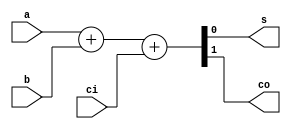
module adder(
input wire a,
input wire b,
input wire ci,
output reg s,
output reg co
);
	
	always @ (*)
		{co, s} = a + b + ci;

endmodule

module mult(
			input wire [3:0] opA,
			input wire [3:0] opB,
			output wire [7:0] result
			);
			
	wire a [11:0];
	wire b [11:0];
	wire c [11:0];
	wire s [11:0];
		
	assign result = {c[11] ,s[11], s[10], s[9], s[8], s[4], s[0], (opA[0] & opB[0])};
		
	adder add0( .a(opA[0] & opB[1]), .b(opA[1] & opB[0]), .ci(1'b0), .s(s[0]), .co(c[0]) );
	adder add1( .a(opA[2] & opB[0]), .b(opA[1] & opB[1]), .ci(c[0]), .s(s[1]), .co(c[1]) );
	adder add2( .a(opA[3] & opB[0]), .b(opA[2] & opB[1]), .ci(c[1]), .s(s[2]), .co(c[2]) );
	adder add3( .a(1'b0), .b(opA[3] & opB[1]), .ci(c[2]), .s(s[3]), .co(c[3]) );
	adder add4( .a(s[1]), .b(opA[0] & opB[2]), .ci(1'b0), .s(s[4]), .co(c[4]) );
	adder add5( .a(s[2]), .b(opA[1] & opB[2]), .ci(c[4]), .s(s[5]), .co(c[5]) );
	adder add6( .a(s[3]), .b(opA[2] & opB[2]), .ci(c[5]), .s(s[6]), .co(c[6]) );
	adder add7( .a(c[3]), .b(opA[3] & opB[2]), .ci(c[6]), .s(s[7]), .co(c[7]) );
	adder add8( .a(s[5]), .b(opA[0] & opB[3]), .ci(1'b0), .s(s[8]), .co(c[8]) );
	adder add9( .a(s[6]), .b(opA[1] & opB[3]), .ci(c[8]), .s(s[9]), .co(c[9]) );
	adder add10( .a(s[7]), .b(opA[2] & opB[3]), .ci(c[9]), .s(s[10]), .co(c[10]) );
	adder add11( .a(c[7]), .b(opA[3] & opB[3]), .ci(c[10]), .s(s[11]), .co(c[11]) );	
		
endmodule